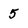
Character: 5